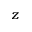
z